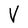
Character: V